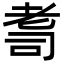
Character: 𦒽